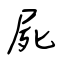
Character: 屍